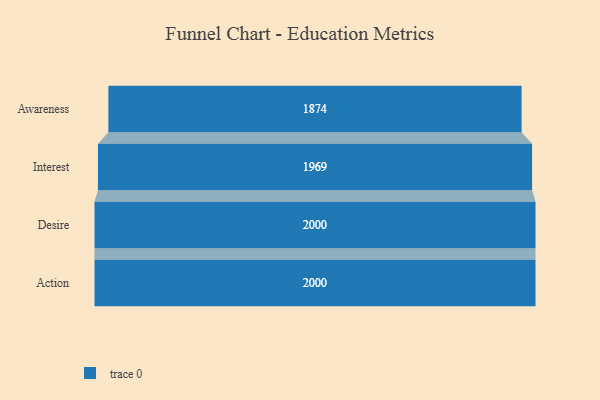
{"axis": {"x": "Stage", "y": "Value"}, "legend": [""], "data": [{"x": "Awareness", "y": 1874.0, "type": ""}, {"x": "Interest", "y": 1969.0, "type": ""}, {"x": "Desire", "y": 2000, "type": ""}, {"x": "Action", "y": 2000, "type": ""}]}